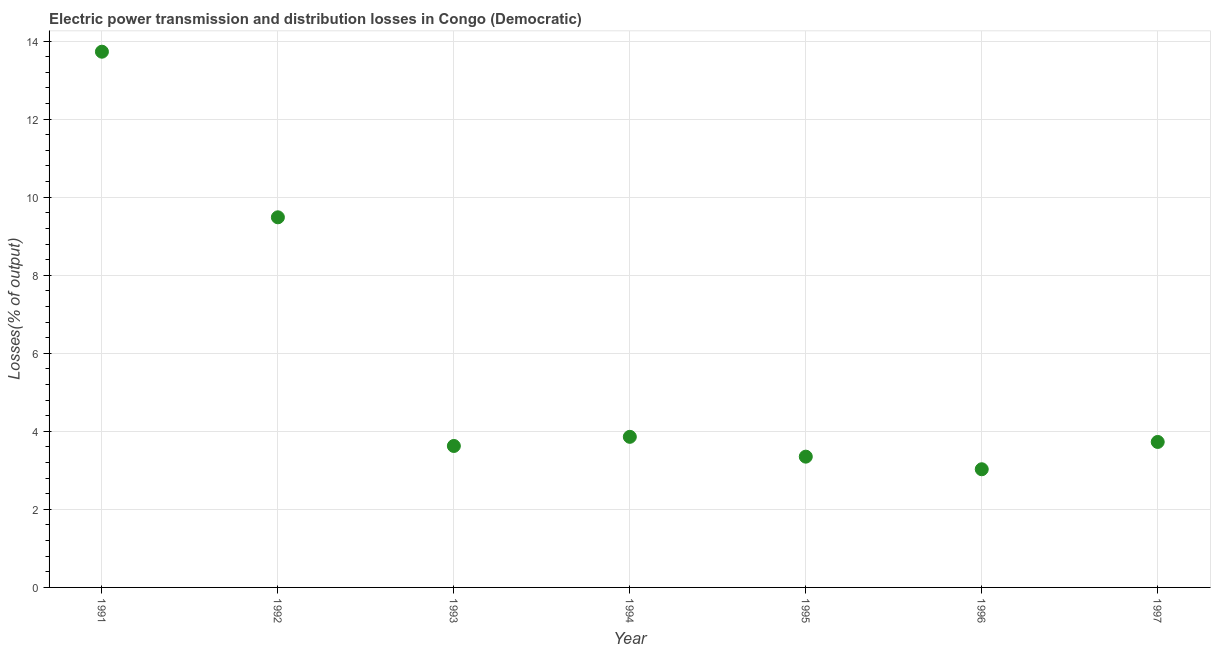
| Year | Electric power transmission and distribution losses |
 | --- | --- |
 | 1991 | 13.7 |
 | 1992 | 9.48 |
 | 1993 | 3.62 |
 | 1994 | 3.86 |
 | 1995 | 3.35 |
 | 1996 | 3.03 |
 | 1997 | 3.73 |